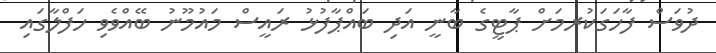
ދުވަސް ފާހަގަކުރމަށް ޕާޓީގެ ބާނީ އަދި ބައްޕާފުޅު ރައީސް މައުމޫނު ބޭއްވެވި ހަފްލާގައި